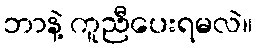
ဘာနဲ့ ကူညီပေးရမလဲ။